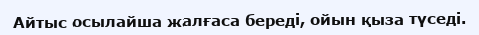
Айтыс осылайша жалғаса береді, ойын қыза түседі.